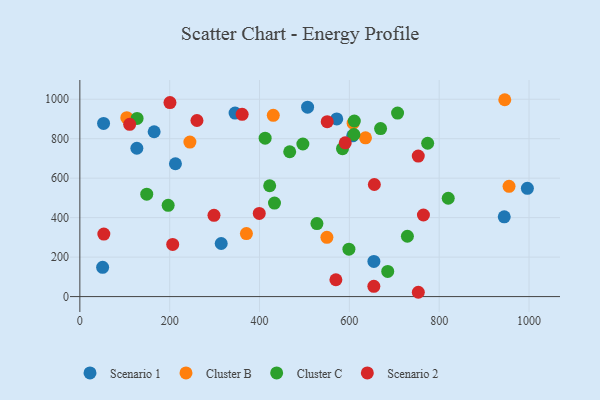
{"axis": {"x": "Experience", "y": "Demand"}, "legend": ["Cluster B", "Cluster C", "Scenario 1", "Scenario 2"], "data": [{"x": "126.9", "y": 751.5, "type": "Scenario 1"}, {"x": "654.6", "y": 178.0, "type": "Scenario 1"}, {"x": "607.4", "y": 814.8, "type": "Scenario 1"}, {"x": "314.7", "y": 268.9, "type": "Scenario 1"}, {"x": "50.7", "y": 148.1, "type": "Scenario 1"}, {"x": "345.6", "y": 930.1, "type": "Scenario 1"}, {"x": "212.8", "y": 673.1, "type": "Scenario 1"}, {"x": "944.8", "y": 404.0, "type": "Scenario 1"}, {"x": "165.4", "y": 835.2, "type": "Scenario 1"}, {"x": "996.3", "y": 548.6, "type": "Scenario 1"}, {"x": "52.8", "y": 877.3, "type": "Scenario 1"}, {"x": "507.0", "y": 959.7, "type": "Scenario 1"}, {"x": "571.9", "y": 900.1, "type": "Scenario 1"}, {"x": "104.5", "y": 906.3, "type": "Cluster B"}, {"x": "550.0", "y": 300.4, "type": "Cluster B"}, {"x": "370.8", "y": 319.1, "type": "Cluster B"}, {"x": "245.0", "y": 782.7, "type": "Cluster B"}, {"x": "430.6", "y": 918.4, "type": "Cluster B"}, {"x": "955.5", "y": 558.8, "type": "Cluster B"}, {"x": "635.9", "y": 804.2, "type": "Cluster B"}, {"x": "946.0", "y": 997.5, "type": "Cluster B"}, {"x": "608.4", "y": 878.8, "type": "Cluster B"}, {"x": "127.4", "y": 902.9, "type": "Cluster C"}, {"x": "584.7", "y": 749.3, "type": "Cluster C"}, {"x": "422.6", "y": 561.6, "type": "Cluster C"}, {"x": "669.5", "y": 851.4, "type": "Cluster C"}, {"x": "707.3", "y": 930.0, "type": "Cluster C"}, {"x": "820.1", "y": 498.3, "type": "Cluster C"}, {"x": "774.3", "y": 777.0, "type": "Cluster C"}, {"x": "196.6", "y": 462.5, "type": "Cluster C"}, {"x": "685.4", "y": 127.5, "type": "Cluster C"}, {"x": "467.2", "y": 733.8, "type": "Cluster C"}, {"x": "433.3", "y": 473.7, "type": "Cluster C"}, {"x": "148.9", "y": 518.7, "type": "Cluster C"}, {"x": "729.2", "y": 305.6, "type": "Cluster C"}, {"x": "610.1", "y": 821.3, "type": "Cluster C"}, {"x": "527.8", "y": 369.9, "type": "Cluster C"}, {"x": "412.5", "y": 802.7, "type": "Cluster C"}, {"x": "599.0", "y": 240.2, "type": "Cluster C"}, {"x": "496.5", "y": 773.2, "type": "Cluster C"}, {"x": "611.0", "y": 889.7, "type": "Cluster C"}, {"x": "361.3", "y": 923.6, "type": "Scenario 2"}, {"x": "399.4", "y": 421.3, "type": "Scenario 2"}, {"x": "764.9", "y": 413.3, "type": "Scenario 2"}, {"x": "550.7", "y": 886.2, "type": "Scenario 2"}, {"x": "655.6", "y": 567.8, "type": "Scenario 2"}, {"x": "570.0", "y": 85.3, "type": "Scenario 2"}, {"x": "654.5", "y": 51.9, "type": "Scenario 2"}, {"x": "753.4", "y": 711.9, "type": "Scenario 2"}, {"x": "590.8", "y": 779.3, "type": "Scenario 2"}, {"x": "206.7", "y": 264.5, "type": "Scenario 2"}, {"x": "53.4", "y": 316.6, "type": "Scenario 2"}, {"x": "753.5", "y": 21.8, "type": "Scenario 2"}, {"x": "260.7", "y": 892.2, "type": "Scenario 2"}, {"x": "110.9", "y": 872.9, "type": "Scenario 2"}, {"x": "200.6", "y": 983.2, "type": "Scenario 2"}, {"x": "298.6", "y": 411.8, "type": "Scenario 2"}]}